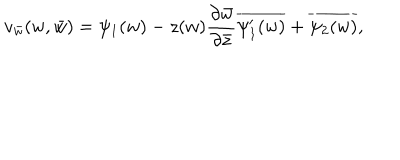
LaTeX: v _ { \bar { w } } ( w , \bar { w } ) = \psi _ { 1 } ( w ) - z ( w ) \frac { \partial \bar { w } } { \partial \bar { z } } \overline { { { \psi _ { 1 } ^ { \prime } ( w ) } } } + \overline { { { \psi _ { 2 } ( w ) } } } ,